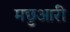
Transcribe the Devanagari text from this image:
मछुआरी